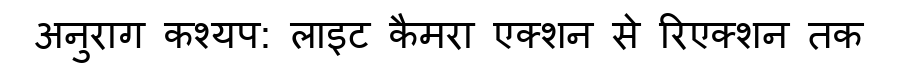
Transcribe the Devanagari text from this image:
अनुराग कश्यप: लाइट कैमरा एक्शन से रिएक्शन तक